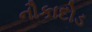
નૌકાદોડ